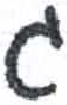
אות: ג